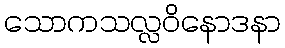
သောကသလ္လဝိနောဒနာ